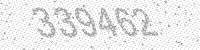
Solution: 339462